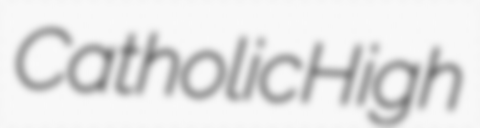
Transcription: Catholic High